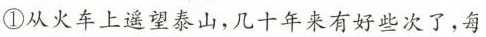
①从火车上遥望泰山，几十年来有好些次了，每